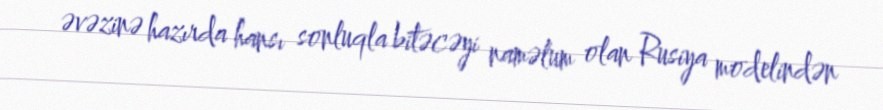
əvəzinə hazırda hansı sonluqla bitəcəyi naməlum olan Rusiya modelindən